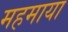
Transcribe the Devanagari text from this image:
महमाया